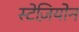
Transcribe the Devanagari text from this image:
स्टेज़ियोन